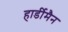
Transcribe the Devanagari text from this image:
हार्डीमैन